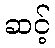
ဆင့်